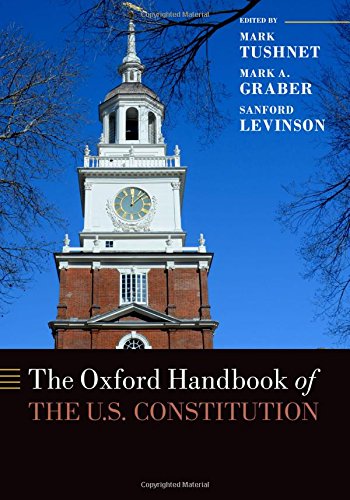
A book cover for The Oxford Handbook of the U.S. Constitution (Oxford Handbooks in Law); Law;